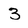
Character: 3